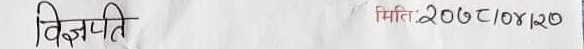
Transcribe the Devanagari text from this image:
विज्ञप्ति मिति २०७८/०४/२०